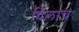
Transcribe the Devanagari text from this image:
दिलाच